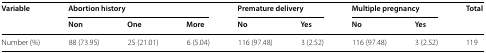
<table><thead><tr><td rowspan="2"><b>Variable</b></td><td colspan="3"><b>Abortion history</b></td><td colspan="2"><b>Premature delivery</b></td><td colspan="2"><b>Multiple pregnancy</b></td><td rowspan="2"><b>Total</b></td></tr><tr><td><b>Non</b></td><td><b>One</b></td><td><b>More</b></td><td><b>No</b></td><td><b>Yes</b></td><td><b>No</b></td><td><b>Yes</b></td></tr></thead><tbody><tr><td>Number (%)</td><td>88 (73.95)</td><td>25 (21.01)</td><td>6 (5.04)</td><td>116 (97.48)</td><td>3 (2.52)</td><td>116 (97.48)</td><td>3 (2.52)</td><td>119</td></tr></tbody></table>